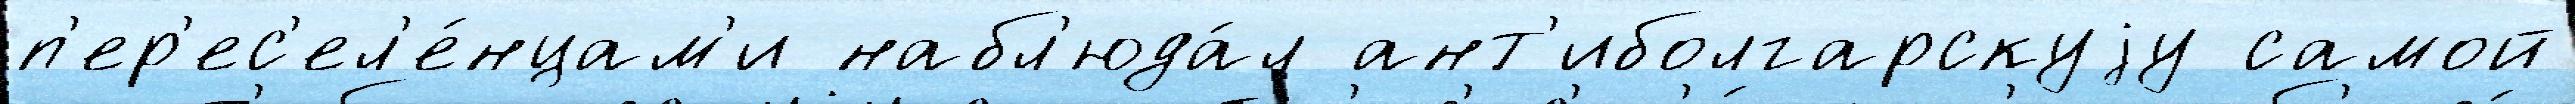
п'ер'ес'ел'е́нцам'и набл'юда́л ант'иболгарскуjу самой